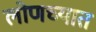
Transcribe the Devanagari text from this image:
लोणच्यात